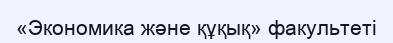
«Экономика және құқық» факультеті